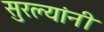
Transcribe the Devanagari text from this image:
सुरल्यांनी